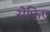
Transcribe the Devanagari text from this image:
सेफिए